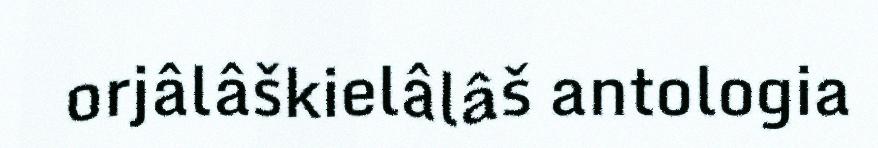
orjâlâškielâlâš antologia